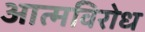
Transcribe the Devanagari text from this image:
आत्मविरोध